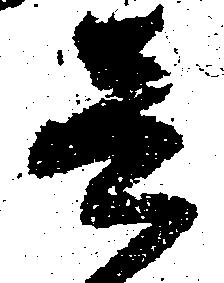
壱